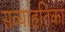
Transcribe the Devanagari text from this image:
सव्याहृतिका